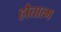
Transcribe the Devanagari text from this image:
हौतात्म